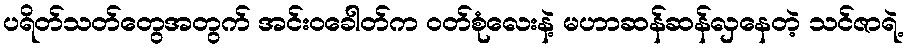
ပရိတ်သတ်တွေအတွက် အင်းဝခေါတ်က ဝတ်စုံလေးနဲ့ မဟာဆန်ဆန်လှနေတဲ့ သင်ဇာရဲ့